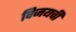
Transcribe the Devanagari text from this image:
विजयची